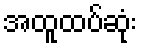
အထူထပ်ဆုံး